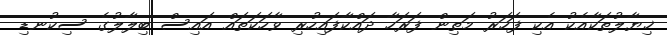
ޚިޔާލުތަކާއެކު އެކި ފަހަރު މަތިން ފަރަހާ ދައްކާފައިހުރި ވާހަކަތައް އައިސް ބިލާލުގެ ސިކުނޑި